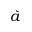
\grave { a }